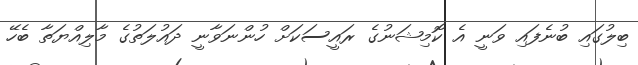
ބިލުގައި ބުނެފައި ވަނީ އެ ކޮމިޝަނުގެ ރައީސަކަށް ހުންނަވާނީ ދައުލަތުގެ މާލިއްޔަތާ ބެހޭ